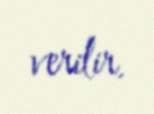
verilir.